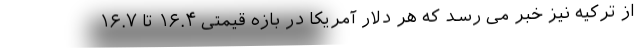
از ترکیه نیز خبر می رسد که هر دلار آمریکا در بازه قیمتی ۱۶.۴ تا ۱۶.۷